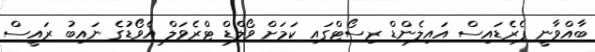
ބާއްވާނީ ޕެރެޑައިސް އައިލެންޑް ރިސޯޓްގައި ކަމަށް ވޯލްޑް ޓްރެވަލް އެވޯޑުގެ ނައިބު ރައީސް